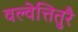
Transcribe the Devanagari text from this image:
वल्वेत्तितुरै